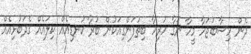
ދެން ހިސާބުޖަހާ މީހާ ނަގާ ހުރިހާ ބިތުފަންގިއަކުން ބުރާ ކުނޑިއެއް ކިލައެއް ގެދަބުޅިއެއް